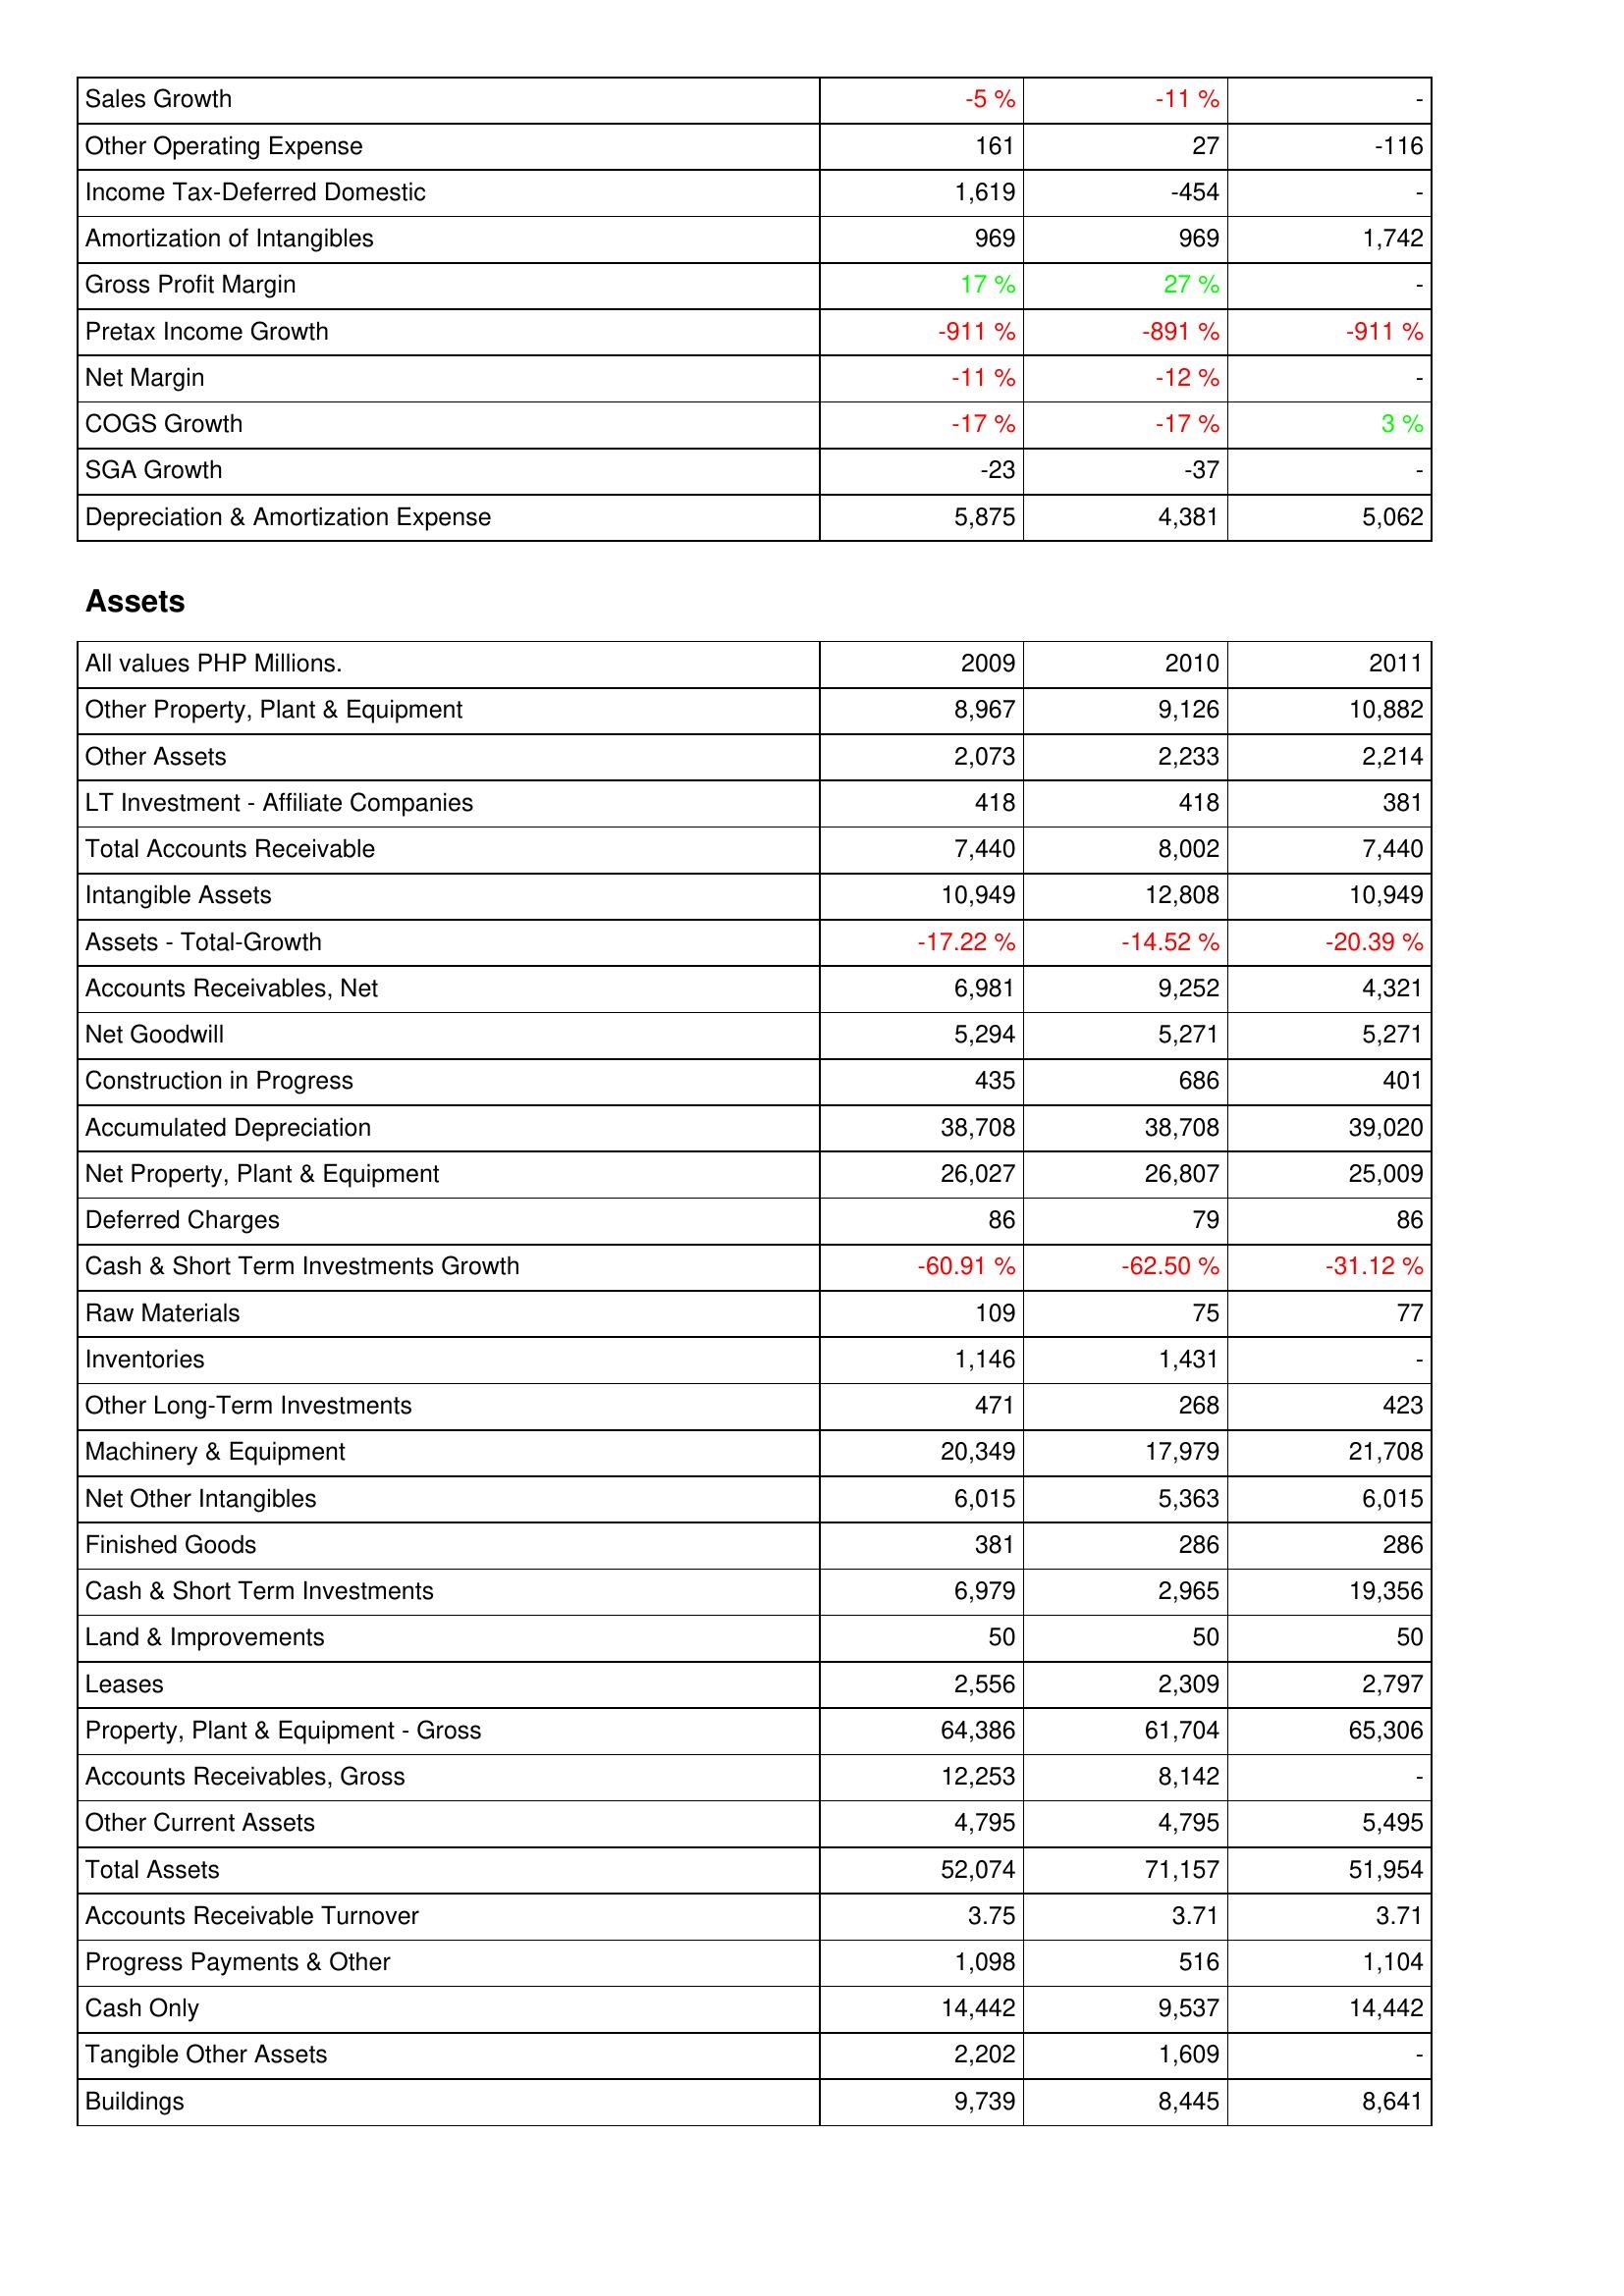
2009: Income Statement: Sales Growth: -5 %
Other Operating Expense: 161
Income Tax-Deferred Domestic: 1,619
Amortization of Intangibles: 969
Gross Profit Margin: 17 %
Pretax Income Growth: -911 %
Net Margin: -11 %
COGS Growth: -17 %
SGA Growth: -23
Depreciation & Amortization Expense: 5,875
Assets: Other Property, Plant & Equipment: 8,967
Other Assets: 2,073
LT Investment - Affiliate Companies: 418
Total Accounts Receivable: 7,440
Intangible Assets: 10,949
Assets - Total-Growth: -17.22 %
Accounts Receivables, Net: 6,981
Net Goodwill: 5,294
Construction in Progress: 435
Accumulated Depreciation: 38,708
Net Property, Plant & Equipment: 26,027
Deferred Charges: 86
Cash & Short Term Investments Growth: -60.91 %
Raw Materials: 109
Inventories: 1,146
Other Long-Term Investments: 471
Machinery & Equipment: 20,349
Net Other Intangibles: 6,015
Finished Goods: 381
Cash & Short Term Investments: 6,979
Land & Improvements: 50
Leases: 2,556
Property, Plant & Equipment - Gross: 64,386
Accounts Receivables, Gross: 12,253
Other Current Assets: 4,795
Total Assets: 52,074
Accounts Receivable Turnover: 3.75
Progress Payments & Other: 1,098
Cash Only: 14,442
Tangible Other Assets: 2,202
Buildings: 9,739
2010: Income Statement: Sales Growth: -11 %
Other Operating Expense: 27
Income Tax-Deferred Domestic: -454
Amortization of Intangibles: 969
Gross Profit Margin: 27 %
Pretax Income Growth: -891 %
Net Margin: -12 %
COGS Growth: -17 %
SGA Growth: -37
Depreciation & Amortization Expense: 4,381
Assets: Other Property, Plant & Equipment: 9,126
Other Assets: 2,233
LT Investment - Affiliate Companies: 418
Total Accounts Receivable: 8,002
Intangible Assets: 12,808
Assets - Total-Growth: -14.52 %
Accounts Receivables, Net: 9,252
Net Goodwill: 5,271
Construction in Progress: 686
Accumulated Depreciation: 38,708
Net Property, Plant & Equipment: 26,807
Deferred Charges: 79
Cash & Short Term Investments Growth: -62.50 %
Raw Materials: 75
Inventories: 1,431
Other Long-Term Investments: 268
Machinery & Equipment: 17,979
Net Other Intangibles: 5,363
Finished Goods: 286
Cash & Short Term Investments: 2,965
Land & Improvements: 50
Leases: 2,309
Property, Plant & Equipment - Gross: 61,704
Accounts Receivables, Gross: 8,142
Other Current Assets: 4,795
Total Assets: 71,157
Accounts Receivable Turnover: 3.71
Progress Payments & Other: 516
Cash Only: 9,537
Tangible Other Assets: 1,609
Buildings: 8,445
2011: Income Statement: Sales Growth: -
Other Operating Expense: -116
Income Tax-Deferred Domestic: -
Amortization of Intangibles: 1,742
Gross Profit Margin: -
Pretax Income Growth: -911 %
Net Margin: -
COGS Growth: 3 %
SGA Growth: -
Depreciation & Amortization Expense: 5,062
Assets: Other Property, Plant & Equipment: 10,882
Other Assets: 2,214
LT Investment - Affiliate Companies: 381
Total Accounts Receivable: 7,440
Intangible Assets: 10,949
Assets - Total-Growth: -20.39 %
Accounts Receivables, Net: 4,321
Net Goodwill: 5,271
Construction in Progress: 401
Accumulated Depreciation: 39,020
Net Property, Plant & Equipment: 25,009
Deferred Charges: 86
Cash & Short Term Investments Growth: -31.12 %
Raw Materials: 77
Inventories: -
Other Long-Term Investments: 423
Machinery & Equipment: 21,708
Net Other Intangibles: 6,015
Finished Goods: 286
Cash & Short Term Investments: 19,356
Land & Improvements: 50
Leases: 2,797
Property, Plant & Equipment - Gross: 65,306
Accounts Receivables, Gross: -
Other Current Assets: 5,495
Total Assets: 51,954
Accounts Receivable Turnover: 3.71
Progress Payments & Other: 1,104
Cash Only: 14,442
Tangible Other Assets: -
Buildings: 8,641